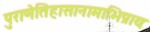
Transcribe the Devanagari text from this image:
पुराणेतिहासानामाभिप्रायः